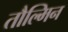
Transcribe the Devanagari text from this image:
तौल्मिन